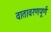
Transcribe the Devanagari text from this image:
वातावरणपूर्ण